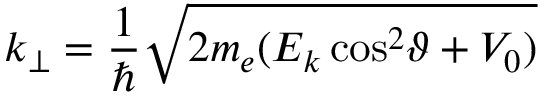
k _ { \perp } = { \frac { 1 } { \hbar } } { \sqrt { 2 m _ { e } ( E _ { k } \cos ^ { 2 } \! \vartheta + V _ { 0 } ) } }